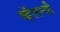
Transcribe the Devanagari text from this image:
व्हॅलन्सी